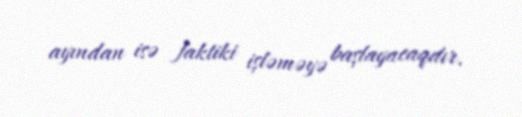
ayından isə faktiki işləməyə başlayacaqdır.